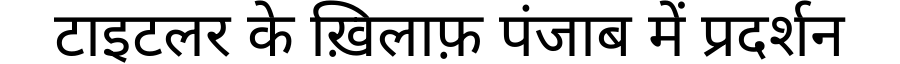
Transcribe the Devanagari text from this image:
टाइटलर के ख़िलाफ़ पंजाब में प्रदर्शन